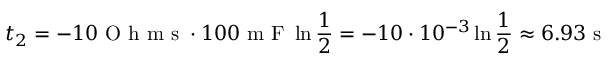
t _ { 2 } = - 1 0 \mathrm { ~ O ~ h ~ m ~ s ~ } \cdot 1 0 0 \mathrm { ~ m ~ F ~ } \ln { \frac { 1 } { 2 } } = - 1 0 \cdot 1 0 ^ { - 3 } \ln { \frac { 1 } { 2 } } \approx 6 . 9 3 \mathrm { ~ s ~ }